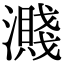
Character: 濺